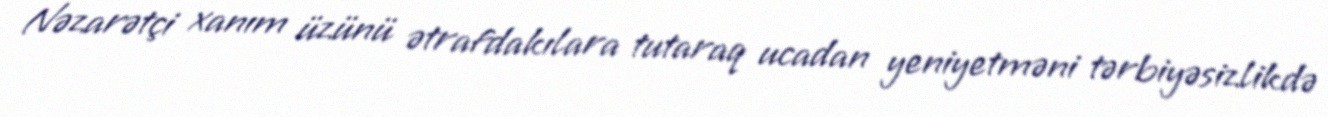
Nəzarətçi xanım üzünü ətrafdakılara tutaraq ucadan yeniyetməni tərbiyəsizlikdə